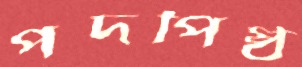
পদপিষ্ঠ